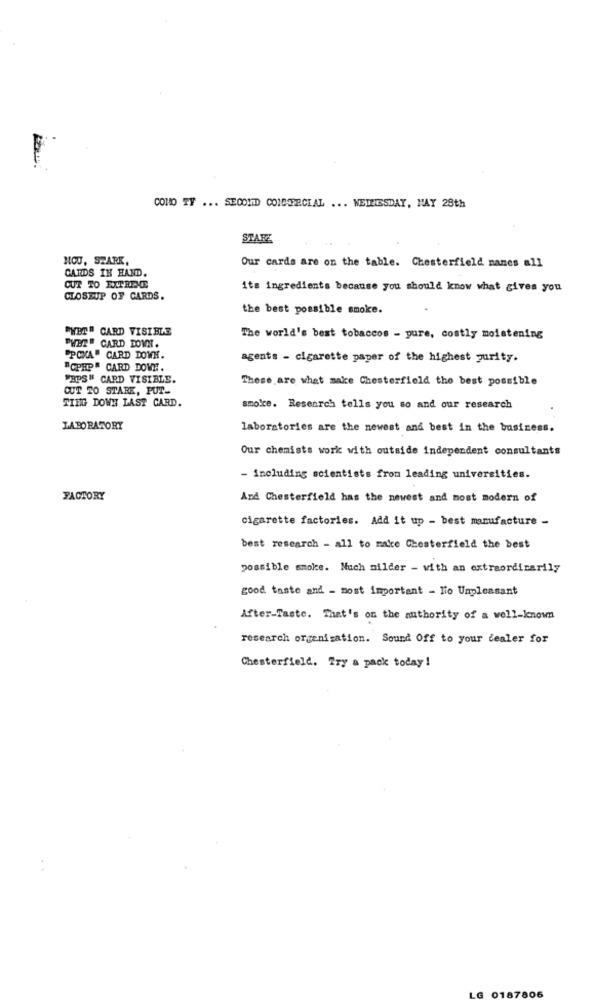
COMO TY ... SECOND COICPECIAL ... NETIESDAY, MAY 28th
STARE
NOU, STARK,
CARDS IN HAND.
Our cards are on the table. Chesterfield nanes all
CUT TO EXPERIENCE
its ingredients because you should know what gives you
CLOSEUP OF CARDS.
the best possible smoke.
"HET" CARD VISIBLE
PHER" CARD DOWN.
The world's best tobaccos - pure, costly moistening
"POMA" CARD DOWN.
agents - cigarette paper of the highest purity.
"CPHP" CARD DOWE.
"EPS" CARD VISIBLE.
These are what make Chesterfield the best possible
CUT TO STARE, PUT.
TING DOWN LAST CARD.
smoke. Research tells you so and our research
LABORATORY
laboratories are the newest and best in the business.
Our chemists work with outside independent consultants
- including scientists from leading universities.
FACTORY
And Chesterfield has the newest and most modern of
cigarette factories. Add it up - best manufacture -
best research - all to make Chesterfield the best
possible smoke. Much milder - with an extraordinarily
good taste and - most important - Ho Unpleasant
After-Taste. That's on the authority of a well-known
research organisation. Sound Off to your dealer for
Chesterfield. Try a pack today !
LG
0187806